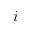
{ \romannumeral 1 }